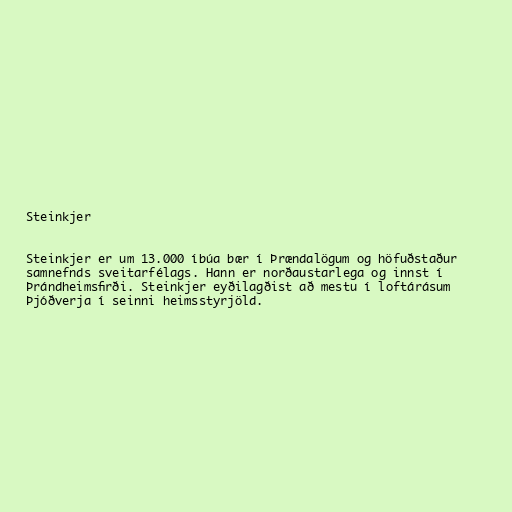
Steinkjer

Steinkjer er um 13.000 íbúa bær í Þrændalögum og höfuðstaður
samnefnds sveitarfélags. Hann er norðaustarlega og innst í
Þrándheimsfirði. Steinkjer eyðilagðist að mestu í loftárásum
Þjóðverja í seinni heimsstyrjöld.